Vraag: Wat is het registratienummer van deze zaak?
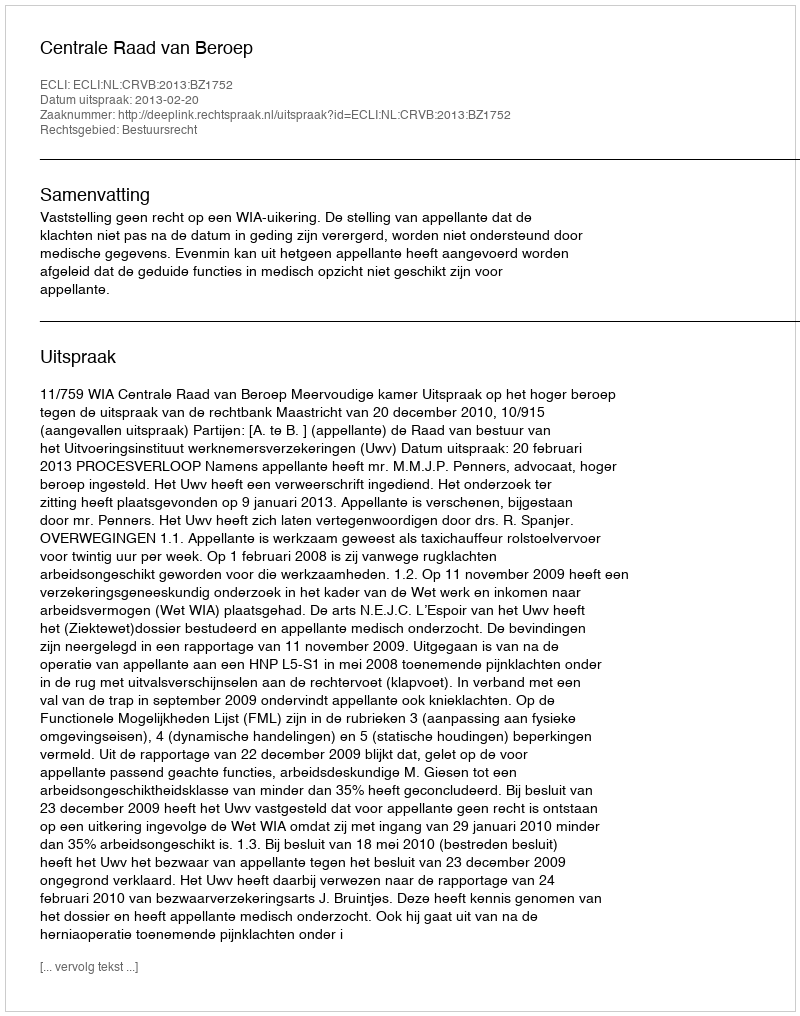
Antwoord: http://deeplink.rechtspraak.nl/uitspraak?id=ECLI:NL:CRVB:2013:BZ1752